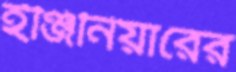
ইঞ্জিনিয়ারের